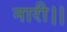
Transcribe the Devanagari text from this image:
नारी।।